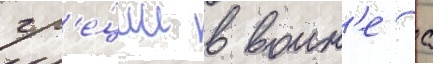
гр'е́ции в воин'е с